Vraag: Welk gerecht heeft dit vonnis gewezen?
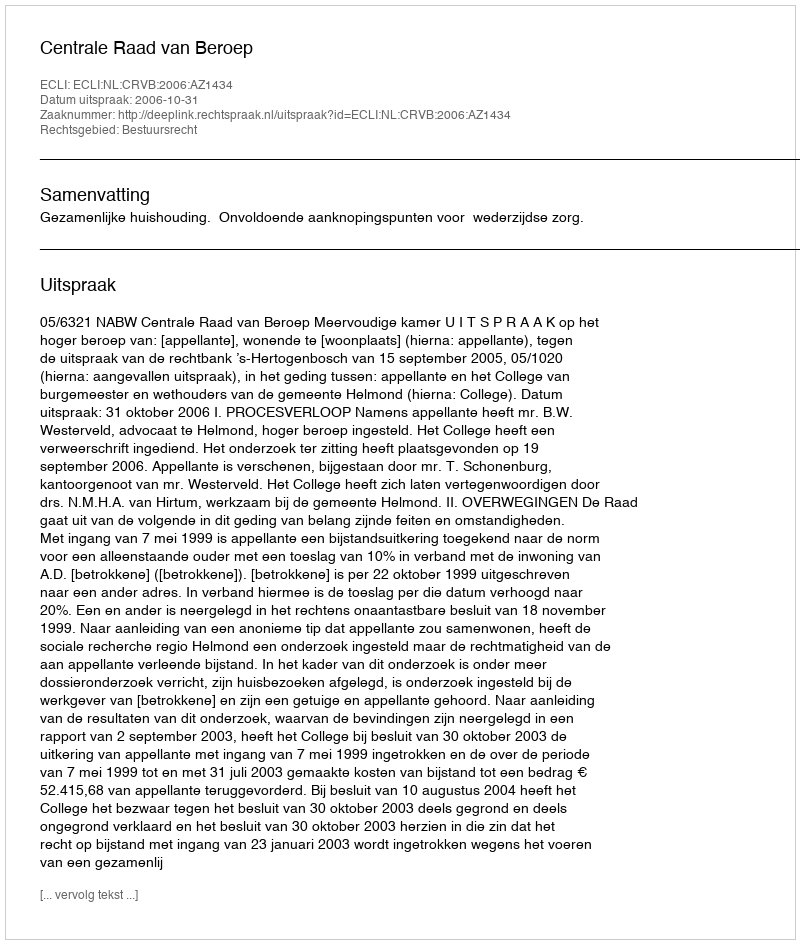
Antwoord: Centrale Raad van Beroep